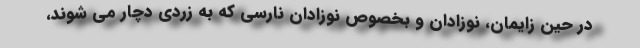
در حین زایمان، نوزادان و بخصوص نوزادان نارسی که به زردی دچار می شوند،